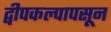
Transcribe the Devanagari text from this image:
द्वीपकल्पापसून